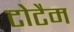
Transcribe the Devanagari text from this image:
टोटैम